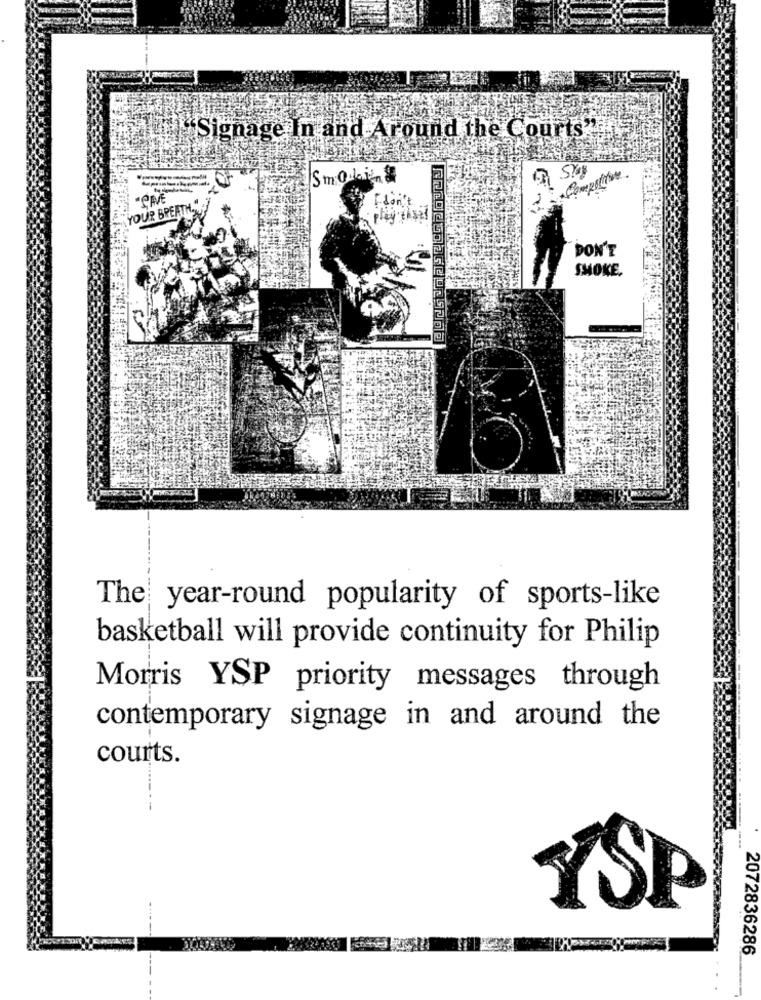
"Signage In and Around the Courts"
Smokin &
I don't
YOUR BREATH.
play thiset
DON'T
SMOKE,
The year-round popularity of sports-like
basketball will provide continuity for Philip
Morris YSP priority messages through
contemporary signage in and around the
courts.
SP
2072836286